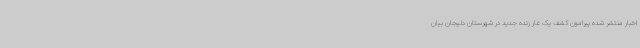
اخبار منتشر شده پیرامون کشف یک غار زنده جدید در شهرستان دلیجان بیان